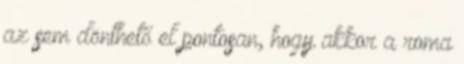
az sem dönthető el pontosan, hogy akkor a roma